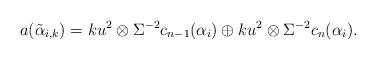
LaTeX: \begin{align*}a(\tilde{\alpha}_{i,k})=ku^2\otimes\Sigma^{-2}c_{n-1}(\alpha_i)\oplus ku^2\otimes\Sigma^{-2}c_{n}(\alpha_i).\end{align*}